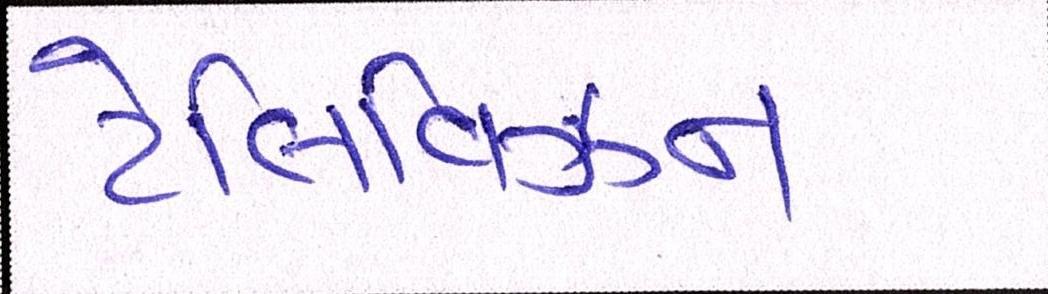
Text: ટેલિવિઝન